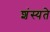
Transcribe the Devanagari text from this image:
शंस्यते